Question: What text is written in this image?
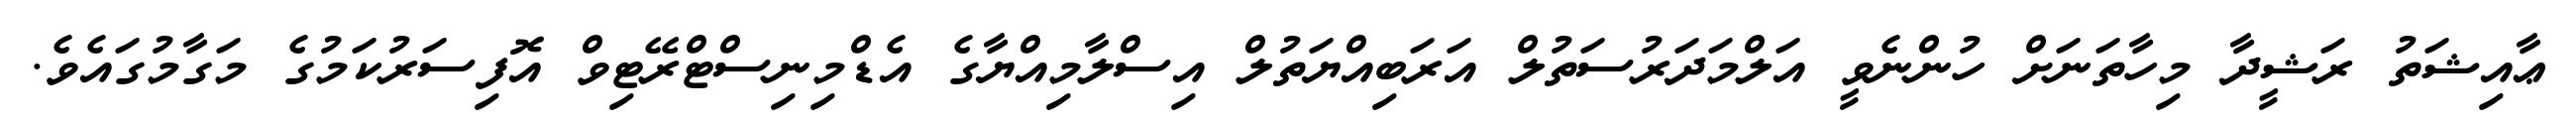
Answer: ޢާއިޝަތު ރަޝީދާ މިހާތަނަށް ހުންނެވީ އަލްމަދަރުސަތުލް އަރަބިއްޔަތުލް އިސްލާމިއްޔާގެ އެޑްމިނިސްޓްރޭޓިވް އޮފިސަރުކަމުގެ މަގާމުގައެވެ.